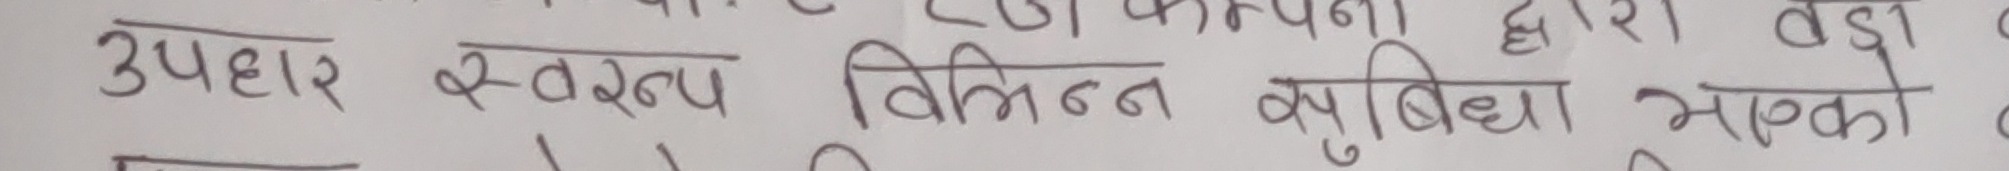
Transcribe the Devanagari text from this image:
उपहार स्वरुप विभिन्न बुबिधा भाग्को